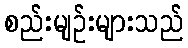
စည်းမျဉ်းများသည်